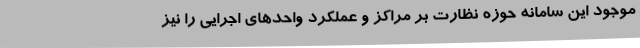
موجود این سامانه حوزه نظارت بر مراکز و عملکرد واحدهای اجرایی را نیز